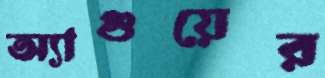
অ্যাগুয়ের